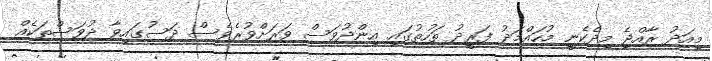
މިއަދު ރާއްޖެ މިދެކެނީ މުހައްމަދު ފަރީދު ތަހުތުގައި އިންދުވަސް ވަރަށްވުރެވެސް ދަސުގައިވާ ދުވަސްތަކެއް